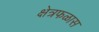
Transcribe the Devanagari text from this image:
क्षेत्रफळास